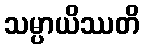
သမ္ပာယိဿတိ